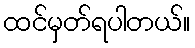
ထင်မှတ်ရပါတယ်။